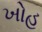
ખોહ